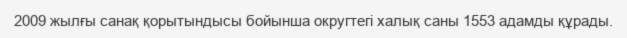
2009 жылғы санақ қорытындысы бойынша округтегі халық саны 1553 адамды құрады.